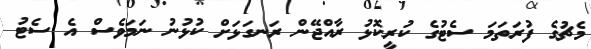
މެޗުގެ ފުރަތަމަ ސެޓުގެ ކުރީކޮޅު ރާއްޖޭން ރަނގަޅަށް ކުޅުނު ނަމަވެސް އެ ސެޓު